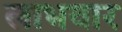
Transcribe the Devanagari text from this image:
लाभवार